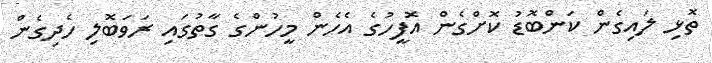
ތޮޅި ލައިގެން ކަންބޮޑު ކޮށްގެން އޮފީހުގެ އެހެން މީހުންގެ ގާތުގައި ރަވަބޮލި ހެދިގެން